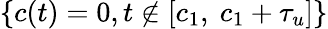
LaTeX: \{ c(t)=0,t\not\in[c_{1},\ c_{1}+\tau_{u}]\}